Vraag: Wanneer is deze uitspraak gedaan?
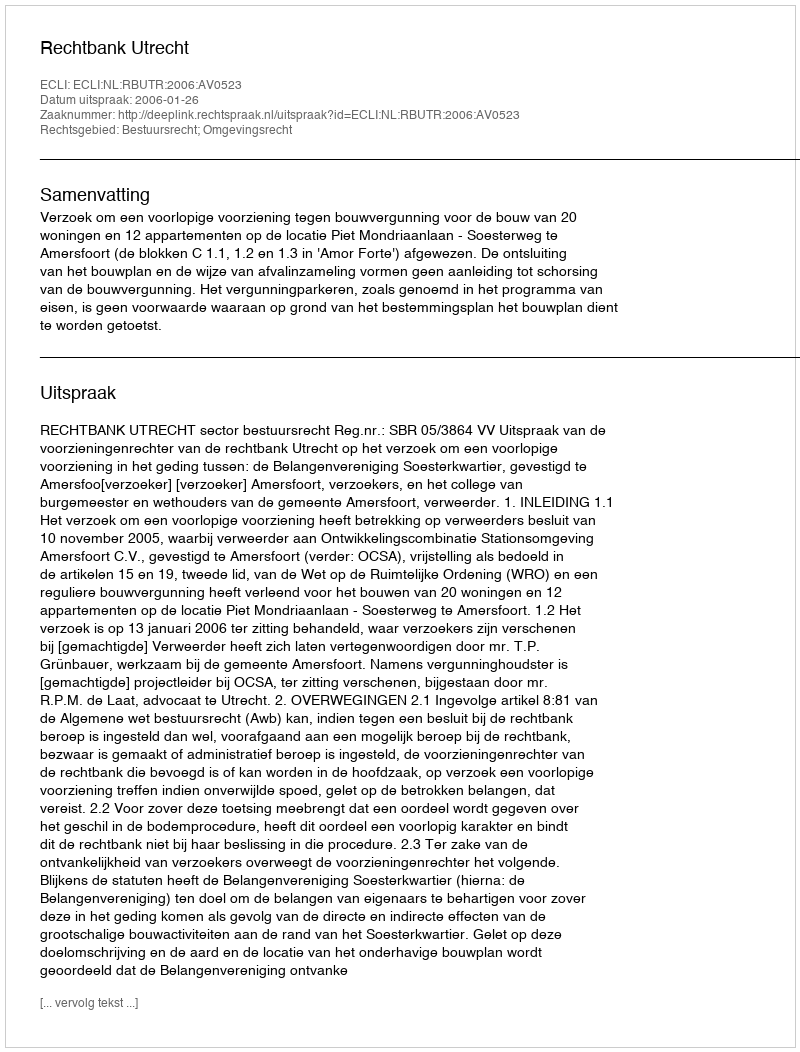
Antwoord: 2006-01-26